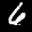
Label: 6